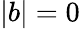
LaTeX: |b|=0